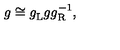
g \cong g _ { \mathrm { L } } ^ { \vphantom 1 } g g _ { \mathrm { R } } ^ { - 1 } ,